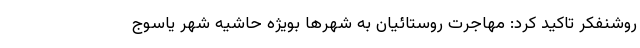
روشنفکر تاکید کرد: مهاجرت روستائیان به شهرها بویژه حاشیه شهر یاسوج